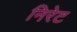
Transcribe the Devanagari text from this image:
निरेट